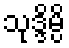
သုဒ္ဒိမ္ပိ